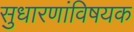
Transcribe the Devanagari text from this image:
सुधारणांविषयक